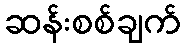
ဆန်းစစ်ချက်